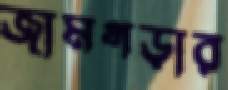
জামগড়ার